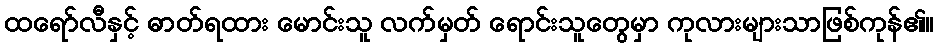
ထရော်လီနှင့် ဓာတ်ရထား မောင်းသူ လက်မှတ် ရောင်းသူတွေမှာ ကုလားများသာဖြစ်ကုန်၏။